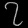
Digit: ၇